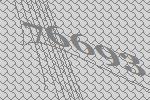
76693